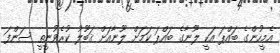
އެމީހުންގެ ބައްޕަ އަކީ ލޫނާގެ ބައްޕަ ކަމަށް ލޫނާއަށް ޤަބޫލު ކުރެވުނީތީ ސަންފަ